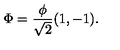
\Phi = { \frac { \phi } { \sqrt { 2 } } } ( 1 , - 1 ) .